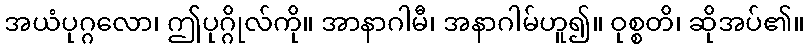
အယံပုဂ္ဂလော၊ ဤပုဂ္ဂိုလ်ကို။ အာနာဂါမီ၊ အနာဂါမ်ဟူ၍။ ဝုစ္စတိ၊ ဆိုအပ်၏။